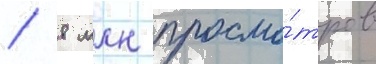
/ 8 млн просмо́тров